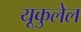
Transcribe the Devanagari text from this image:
यूकुलेल